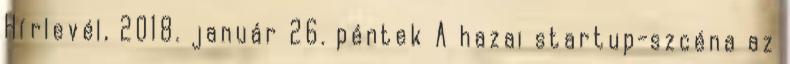
Hírlevél, 2018. január 26. péntek A hazai startup-szcéna az